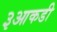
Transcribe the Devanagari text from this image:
३आकडी